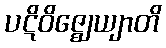
ပဋိဝိဇ္ဈေယျာတိ